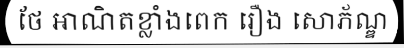
ថែ អាណិតខ្លាំងពេក រឿង សោភ័ណ្ឌ